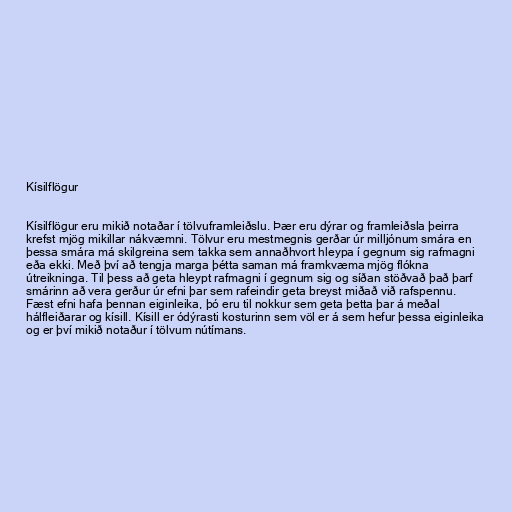
Kísilflögur

Kísilflögur eru mikið notaðar í tölvuframleiðslu. Þær eru dýrar og framleiðsla þeirra
krefst mjög mikillar nákvæmni. Tölvur eru mestmegnis gerðar úr milljónum smára en
þessa smára má skilgreina sem takka sem annaðhvort hleypa í gegnum sig rafmagni
eða ekki. Með því að tengja marga þétta saman má framkvæma mjög flókna
útreikninga. Til þess að geta hleypt rafmagni í gegnum sig og síðan stöðvað það þarf
smárinn að vera gerður úr efni þar sem rafeindir geta breyst miðað við rafspennu.
Fæst efni hafa þennan eiginleika, þó eru til nokkur sem geta þetta þar á meðal
hálfleiðarar og kísill. Kísill er ódýrasti kosturinn sem völ er á sem hefur þessa eiginleika
og er því mikið notaður í tölvum nútímans.